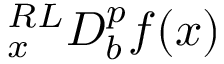
{ } _ { x } ^ { R L } D _ { b } ^ { p } f ( x )